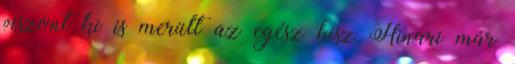
viszont ki is merült az egész hisz Hinari már